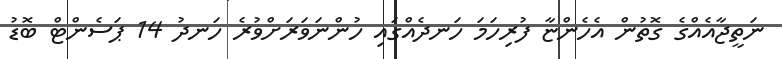
ނަތީޖާއެއްގެ ގޮތުން އެހެންޏާ ފުރިހަމަ ހަނދެއްގައި ހުންނަވަރަށްވުރެ ހަނދު 14 ޕަސެންޓް ބޮޑު